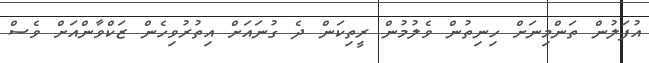
އުފަލުން ތަންމިނަށް ހިނިތުން ވެލުމުން ރީތިކަން ދެ ގުނައަށް އިތުރުވިހެން ޒަކްވާންއަށް ވެސް